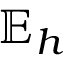
\mathbb { E } _ { h }